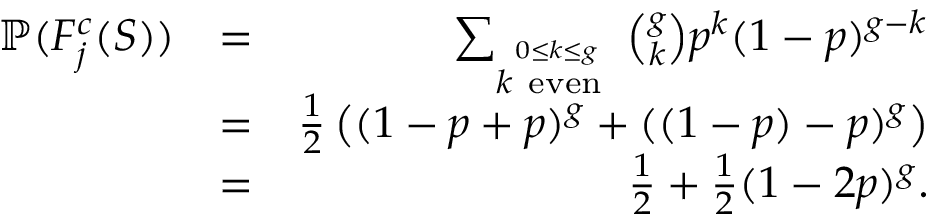
\begin{array} { r l r } { \mathbb { P } ( F _ { j } ^ { c } ( { \cal S } ) ) } & { = } & { \sum _ { \stackrel { 0 \leq k \leq g } { k \mathrm { ~ e v e n ~ } } } { \binom { g } { k } } p ^ { k } ( 1 - p ) ^ { g - k } } \\ & { = } & { \frac { 1 } { 2 } \left( ( 1 - p + p ) ^ { g } + ( ( 1 - p ) - p ) ^ { g } \right) } \\ & { = } & { \frac { 1 } { 2 } + \frac { 1 } { 2 } ( 1 - 2 p ) ^ { g } . } \end{array}